Vaccination North-Western Provinces 1866-1877 - 1866-1877
Year: 1866
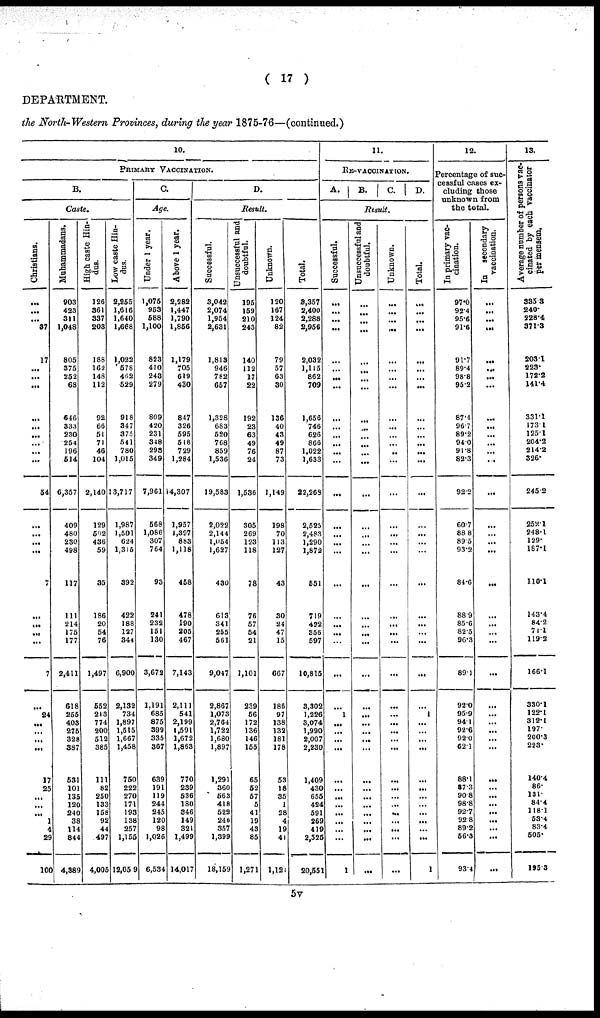
( 17 )
DEPARTMENT.
the North-Western Provinces, during the year 1875-76— (continued.)
10.
PRIMARY VACCINATION.
B.
Caste.
Christians.
...
...
...
37
17
...
...
...
...
...
...
...
...
...
54
...
...
...
...
7
...
...
...
...
7
...
24
...
...
...
...
17
25
...
...
...
1
4
29
100
Muhammadans.
903
423
311
1,048
805
375
252
68
646
333
230
254
196
514
6,357
409
480
230
498
117
111
214
175
177
2,411
618
255
403
275
328
387
531
101
135
120
240
38
114
844
4,389
High caste Hin-
dus.
126
361
337
203
188
162
148
112
92
66
51
71
46
104
2,140
129
502
436
59
35
186
20
54
76
1,497
552
213
774
200
512
385
111
82
250
133
158
92
44
497
4,005
Low caste Hin-
dus.
2,255
1,616
1,640
1,668
1,022
578
462
529
918
347
375
541
780
1,015
13,717
1,987
1,501
624
1,315
392
422
188
127
344
6,900
2,132
734
1,897
1,515
1,667
1,458
750
222
270
171
193
138
257
1,155
12,059
C.
Age.
Under 1 year.
1,075
953
588
1,100
823
410
243
279
809
420
231
348
293
349
7,961
568
1,086
307
764
93
241
232
151
130
3,672
1,191
685
875
399
335
367
639
191
119
244
245
120
98
1,026
6,534
Above 1 year.
2,282
1,447
1,790
1,856
1,179
705
619
430
847
326
595
518
729
1,284
14,307
1,957
1,397
883
1,118
458
478
190
205
467
7,143
2,111
541
2,199
1,591
1,672
1,863
770
239
536
180
346
149
321
1,499
14,017
D.
Result.
Successful.
3,042
2,074
1,954
2,631
1,813
946
782
657
1,328
683
520
768
859
1,536
19,583
2,022
2,144
1,054
1,627
430
613
341
255
561
9,047
2,867
1,073
2,764
1,722
1,680
1,897
1,291
360
563
418
522
246
357
1,399
18,159
Unsuccessful and
doubtful.
195
159
210
243
140
112
17
22
192
23
63
49
76
24
1,536
305
269
123
118
78
76
57
54
21
1,101
239
56
172
136
146
155
65
52
57
5
41
19
43
85
1,271
Unknown.
120
167
124
82
79
57
63
30
136
40
43
49
87
73
1,149
198
70
113
127
43
30
24
47
15
667
186
97
138
132
181
178
53
18
35
1
28
4
19
41
1,121
Total.
3,357
2,400
2,288
2,956
2,032
1,115
862
709
1,656
746
626
866
1,022
1,633
22,268
2,525
2,483
1,290
1,872
551
719
422
356
597
10,815
3,302
1,226
3,074
1,990
2,007
2,230
1,409
430
655
424
591
269
419
2,525
20,551
11.
RE-VACCINATION.
A.
B.
C.
D.
Result.
Successful.
...
...
...
...
...
...
...
...
...
...
...
...
...
...
...
...
...
...
...
...
...
...
...
...
1
...
...
...
...
...
...
...
...
...
...
...
...
1
Unsuccessful and
doubtful.
...
...
...
...
...
...
...
...
...
...
...
...
...
...
...
...
...
...
...
...
...
...
...
...
...
...
...
...
...
...
...
...
...
...
...
...
...
...
Unknown.
...
...
...
...
...
...
...
...
...
...
...
...
...
...
...
...
...
...
...
...
...
...
...
...
...
...
...
...
...
...
...
...
...
...
...
...
...
...
...
...
Total.
...
...
...
...
...
...
...
...
...
...
...
...
...
...
...
...
...
...
...
...
...
...
...
...
...
...
1
...
...
...
...
...
...
...
...
...
...
...
...
1
12.
Percentage of suc-
cessful cases ex-
cluding those
unknown from
the total.
In primary vac-
cination.
97.0
92.4
95.6
91.6
91.7
89.4
98.8
95.2
87.4
96.7
89.2
94.0
91.8
82.3
92.2
60.7
88.8
89.5
93.2
84.6
88.9
85.6
82.5
96.3
89.1
92.0
95.9
94.1
92.6
92.0
62.1
88.1
87.3
90.8
98.8
92.7
92.8
89.2
56.3
93.4
In secondary
vaccination.
...
...
...
...
...
...
...
...
...
...
...
...
...
...
...
...
...
...
...
...
...
...
...
...
...
...
...
...
...
...
...
...
...
...
...
...
...
...
...
...
13.
Average number of persons vac-
cinated by each vaccinator
per mensem.
335.3
240.
228.4
371.3
203.1
223.
172.2
141.4
331.1
173.1
125.1
204.2
214.2
326.
245.2
252.1
248.1
129.
187.1
110.1
143.4
84.2
71.1
119.2
166.1
330.1
122.1
312.1
197.
200.3
223.
140.4
86.
131.
84.4
118.1
53.4
83.4
505.
195.3
5v